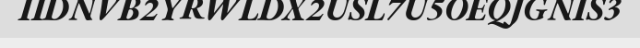
IIDNVB2YRWLDX2USL7U5OEQJGNIS3